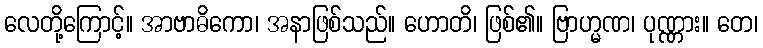
လေတို့ကြောင့်။ အာဗာဓိကော၊ အနာဖြစ်သည်။ ဟောတိ၊ ဖြစ်၏။ ဗြာဟ္မဏ၊ ပုဏ္ဏား။ တေ၊